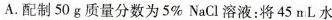
A.配制50g质量分数为5\%NaCl溶液：将45mL水